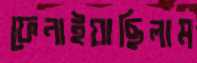
ফেনাইয়াছিলাম